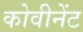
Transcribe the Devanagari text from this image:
कोवीनेंट